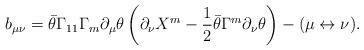
LaTeX: \begin{align*}b_{\mu\nu} = \bar\theta \Gamma_{11} \Gamma_m \partial_{\mu}\theta \left(\partial_{\nu} X^m - {1\over 2} \bar\theta \Gamma^m \partial_{\nu}\theta\right) - (\mu \leftrightarrow \nu).\end{align*}